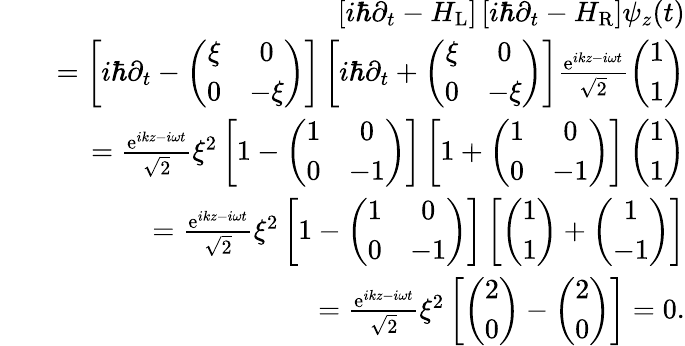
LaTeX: \begin{array}{rlr}&{}&{\left[i\hbar\partial_{t}-H_{\mathrm{L}}\right]\left[i\hbar\partial_{t}-H_{\mathrm{R}}\right]\psi_{z}(t)}\\ &{}&{=\left[i\hbar\partial_{t}-\left(\begin{array}{cc}{\xi}&{0}\\ {0}&{-\xi}\end{array}\right)\right]\left[i\hbar\partial_{t}+\left(\begin{array}{cc}{\xi}&{0}\\ {0}&{-\xi}\end{array}\right)\right]\frac{\mathrm{e}^{ikz-i\omega t}}{\sqrt{2}}\left(\begin{array}{c}{1}\\ {1}\end{array}\right)}\\ &{}&{=\frac{\mathrm{e}^{ikz-i\omega t}}{\sqrt{2}}\xi^{2}\left[1-\left(\begin{array}{cc}{1}&{0}\\ {0}&{-1}\end{array}\right)\right]\left[1+\left(\begin{array}{cc}{1}&{0}\\ {0}&{-1}\end{array}\right)\right]\left(\begin{array}{c}{1}\\ {1}\end{array}\right)}\\ &{}&{=\frac{\mathrm{e}^{ikz-i\omega t}}{\sqrt{2}}\xi^{2}\left[1-\left(\begin{array}{cc}{1}&{0}\\ {0}&{-1}\end{array}\right)\right]\left[\left(\begin{array}{c}{1}\\ {1}\end{array}\right)+\left(\begin{array}{c}{1}\\ {-1}\end{array}\right)\right]}\\ &{}&{=\frac{\mathrm{e}^{ikz-i\omega t}}{\sqrt{2}}\xi^{2}\left[\left(\begin{array}{c}{2}\\ {0}\end{array}\right)-\left(\begin{array}{c}{2}\\ {0}\end{array}\right)\right]=0.}\end{array}